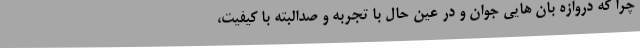
چرا که دروازه بان هایی جوان و در عین حال با تجربه و صدالبته با کیفیت،